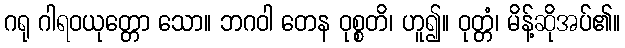
ဂရု ဂါရဝယုတ္တော သော။ ဘဂဝါ တေန ဝုစ္စတိ၊ ဟူ၍။ ဝုတ္တံ၊ မိန့်ဆိုအပ်၏။